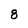
Character: 8